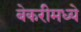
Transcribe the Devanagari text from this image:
बेकरीमध्ये